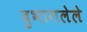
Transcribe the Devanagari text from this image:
दुभागलेले